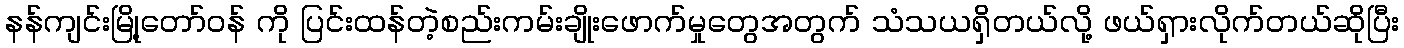
နန်ကျင်းမြို့တော်ဝန် ကို ပြင်းထန်တဲ့စည်းကမ်းချိုးဖောက်မှုတွေအတွက် သံသယရှိတယ်လို့ ဖယ်ရှားလိုက်တယ်ဆိုပြီး